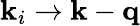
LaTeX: \mathbf{k}_{i}\rightarrow\mathbf{k}-\mathbf{q}